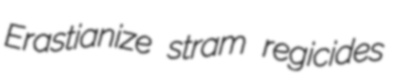
Erastianize stram regicides